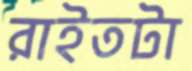
রাইতটা